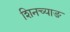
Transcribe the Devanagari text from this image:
शिनच्याङ